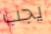
يجب